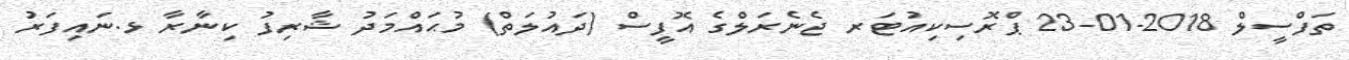
ތަފްސީލް 2018-01-23 ޕްރޮސިކިއުޓަރ ޖެނެރަލްގެ އޮފީސް (ދައުލަތް) މުޙައްމަދު ޝާރިފު ކިނާރާ ޅ.ނައިފަރު